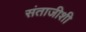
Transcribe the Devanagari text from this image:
संताजीशी